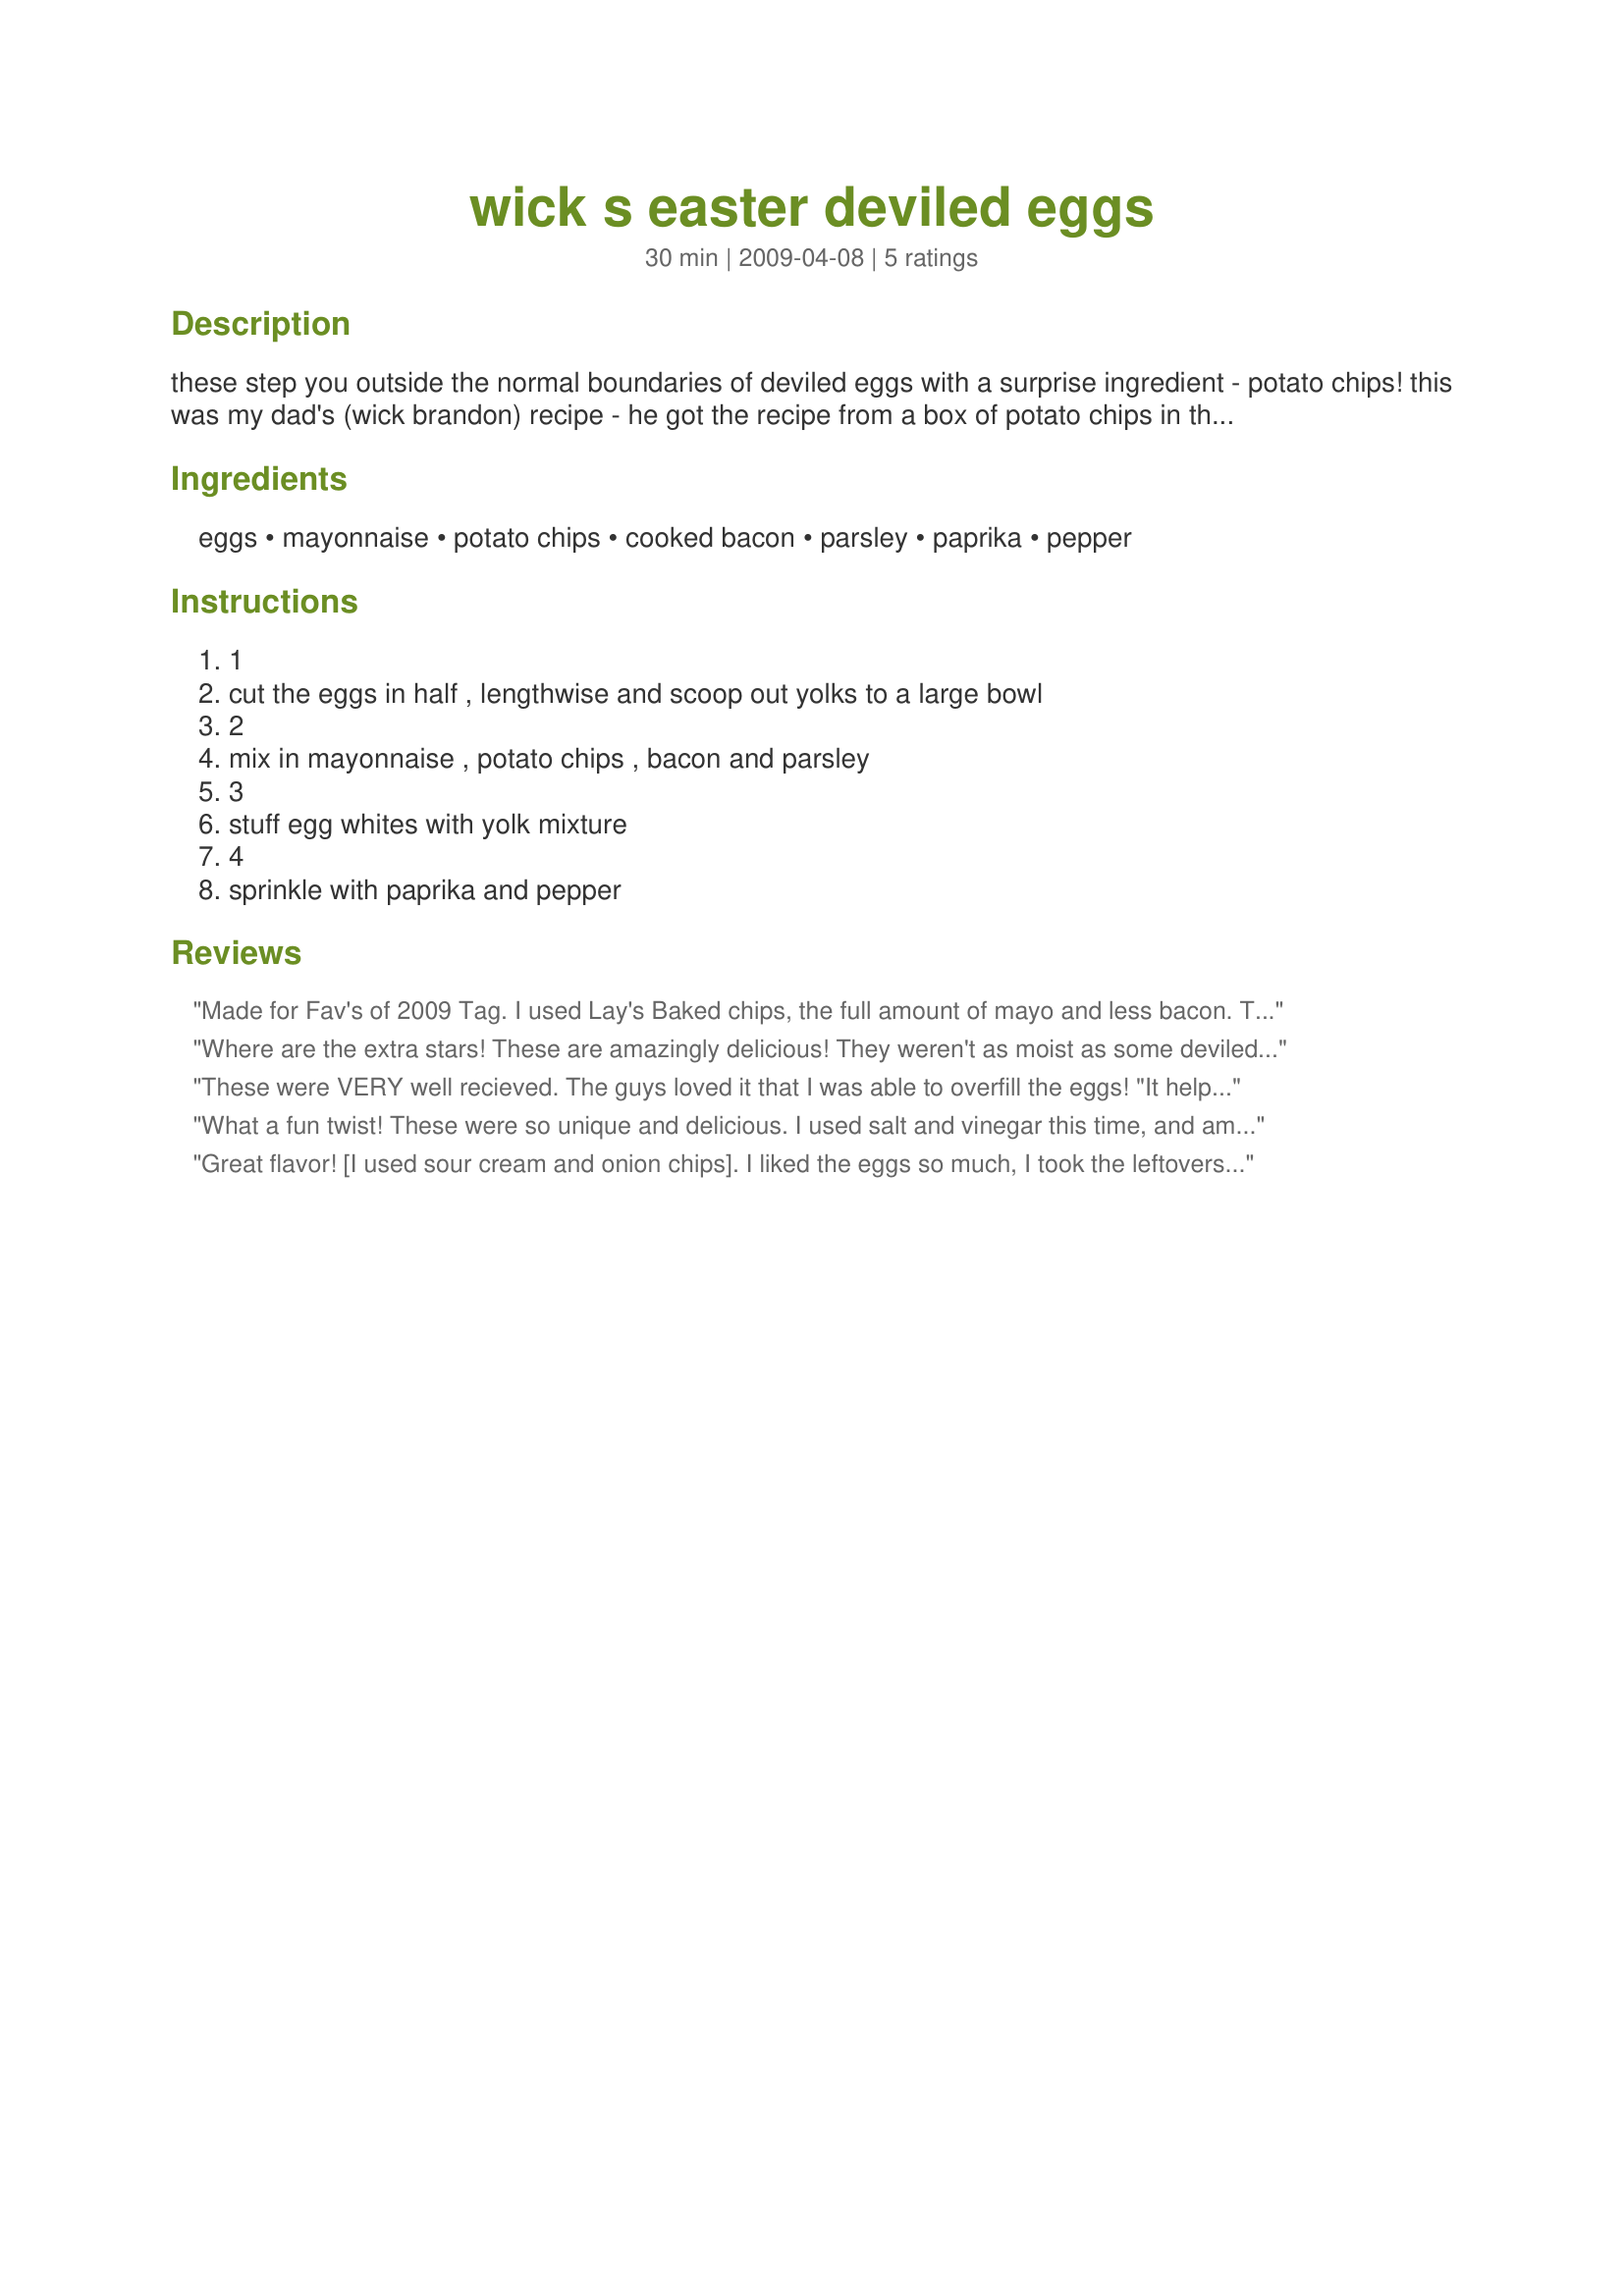
wick s easter deviled eggs
Preparation time: 30 minutes

these step you outside the normal boundaries of deviled eggs with a surprise ingredient - potato chips! this was my dad's (wick brandon) recipe - he got the recipe from a box of potato chips in the 70's. there are never leftovers, and easter would not be the same without them. enjoy! viclynn

Ingredients:
eggs, mayonnaise, potato chips, cooked bacon, parsley, paprika, pepper

Steps:
1, cut the eggs in half , lengthwise and scoop out yolks to a large bowl, 2, mix in mayonnaise , potato chips , bacon and parsley, 3, stuff egg whites with yolk mixture, 4, sprinkle with paprika and pepper

Reviews:
Made for Fav's of 2009 Tag. I used Lay's Baked chips, the full amount of mayo and less bacon. They were good, but didn't seem very salty. I think I would add garlic powder and some salt. The kids liked them, but didn't like the paprika. :) Like Terri said, there was more filling than fit in the eggs.
Where are the extra stars! These are amazingly delicious! They weren't as moist as some deviled eggs, but the taste was great. I halved the amount of bacon, and that didn't seem to impact the taste, at least not to us! Thanks so much for sharing a deiliciously different deviled egg recipe!
These were VERY well recieved. The guys loved it that I was able to overfill the eggs! "It helped cover up the 'yucky' white part." For myself, I thought they were a little too salty. Thnx for sharing your recipe, Viclynn. Made for PAC Spring 2010. You've been adopted! http://www.recipezaar.com/bb/viewtopic.zsp?t=327498&postdays=0&postorder=asc&start=0
What a fun twist! These were so unique and delicious. I used salt and vinegar this time, and am eager to try them again with another flavor. Thanks for sharing! PAC Fall '09 Edited to add: We tried them with cheddar & sour cream chips, and they were amazing!!
Great flavor! [I used sour cream and onion chips]. I liked the eggs so much, I took the leftovers and mashed them together to make a sandwich filling...delicious. And when I even had too much sandwich filling, I used the last couple of tablespoons to roll up in a crisp iceberg lettuce leaf...yummy! I will definitely be using this recipe again and again.
